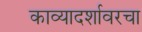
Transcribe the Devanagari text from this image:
काव्यादर्शावरचा